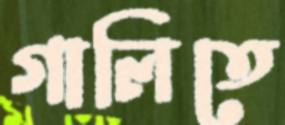
গালিতে